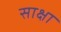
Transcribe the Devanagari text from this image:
साक्षा